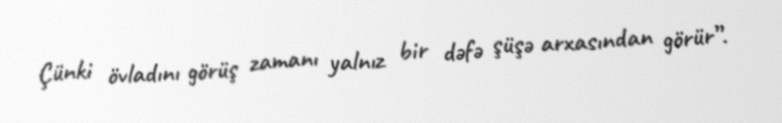
Çünki övladını görüş zamanı yalnız bir dəfə şüşə arxasından görür”.